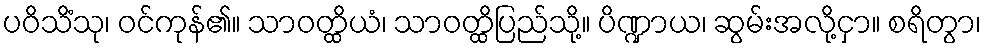
ပဝိသိံသု၊ ဝင်ကုန်၏။ သာဝတ္ထိယံ၊ သာဝတ္ထိပြည်သို့။ ပိဏ္ဍာယ၊ ဆွမ်းအလို့ငှာ။ စရိတွာ၊